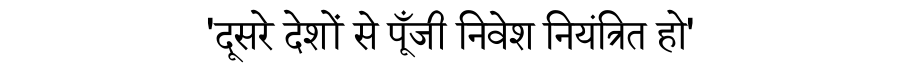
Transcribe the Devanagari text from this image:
'दूसरे देशों से पूँजी निवेश नियंत्रित हो'